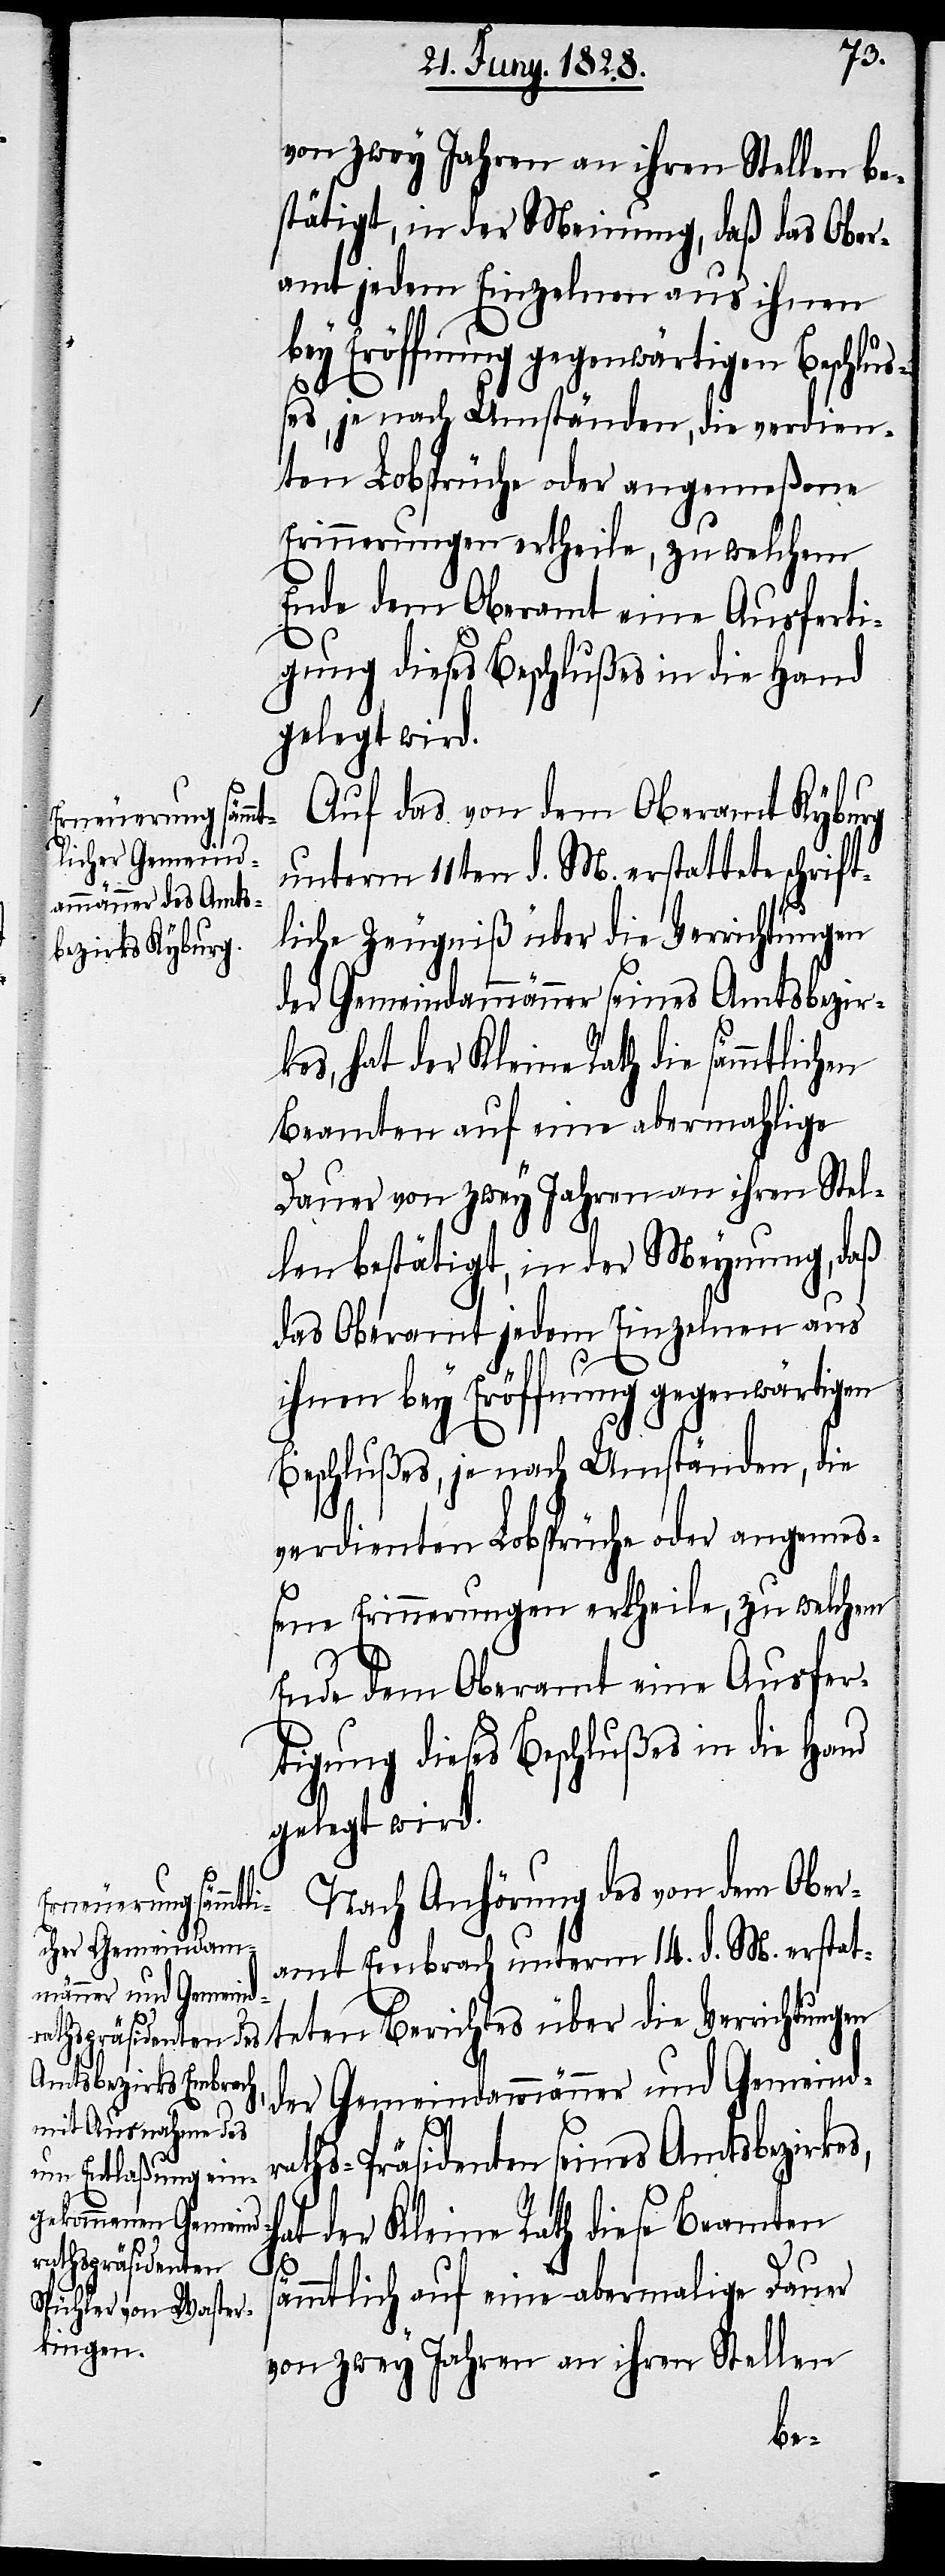
von zwey Jahren an ihren Stellen be¬
stätigt, in der Meinung, daß das Ober¬
amt jedem Einzelnen aus ihnen
bey Eröffnung gegenwärtigen Beschluß¬
es, je nach Umständen, die verdien¬
ten Lobsprüche oder angemeßene
Erinnerungen ertheile, zu welchem
Ende dem Oberamt eine Ausferti¬
gung dieses Beschlußes in die Hand
gelegt wird.
Auf das von dem Oberamt Kyburg
unterm 11ten d. M. erstattete schrift¬
liche Zeugniß über die Verrichtungen
der Gemeindammänner seines Amtsbezir¬
kes, hat der Kleine Rath die sämmtlich¬
Beamten auf eine abermahlige
Dauer von zwey Jahren an ihren Stel¬
len bestätigt, in der Meynung, daß
das Oberamt jedem Einzelnen aus
ihnen bey Eröffnung gegenwärtigen
Beschlußes, je nach Umständen, die
verdienten Lobsprüche oder angemeße¬
s¬
Nach Anhörung des von dem Ober¬
amt Embrach unterm 14. d. M. erstat¬
teten Berichtes über die Verrichtungen
der Gemeindammänner und Gemeind¬
raths-Präsidenten seines Amtsbezirkes,
at der Kleine Rath diese Beamten
ämmtlich auf eine abermalige Dauer
von zwey Jahren an ihren Stellen